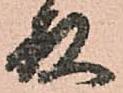
殿